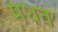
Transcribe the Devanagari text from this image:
मधव